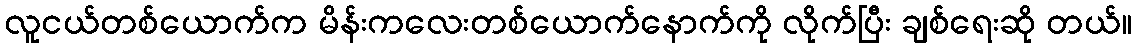
လူငယ်တစ်ယောက်က မိန်းကလေးတစ်ယောက်နောက်ကို လိုက်ပြီး ချစ်ရေးဆို တယ်။